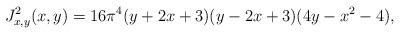
LaTeX: \begin{align*} J_{x,y}^2(x,y) = 16 \pi^4(y+2x+3)(y-2x+3)(4y-x^2-4),\end{align*}